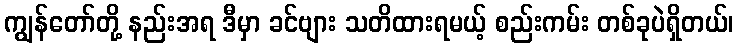
ကျွန်တော်တို့ နည်းအရ ဒီမှာ ခင်ဗျား သတိထားရမယ့် စည်းကမ်း တစ်ခုပဲရှိတယ်၊